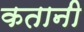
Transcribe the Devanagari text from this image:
कतानी